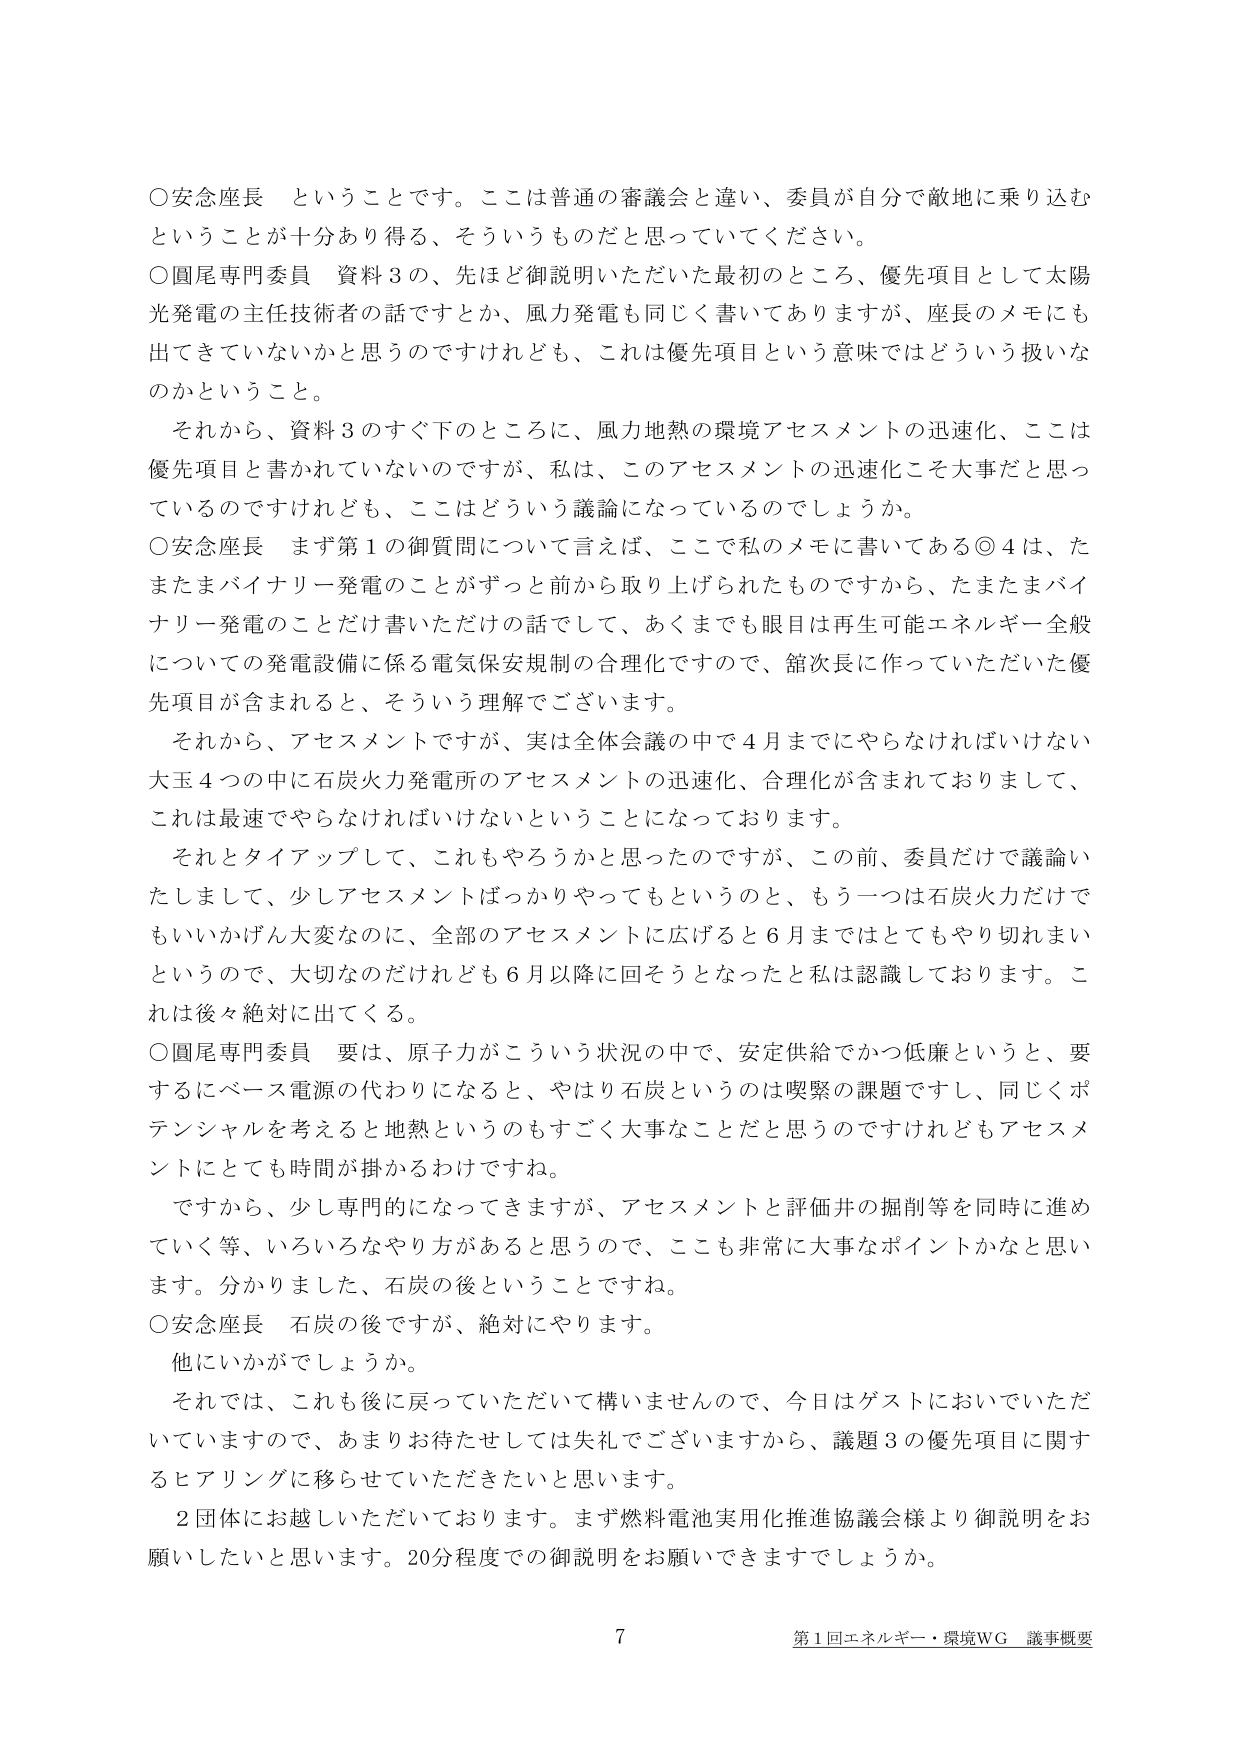
○安念座長 ということです。ここは普通の審議会と違い、委員が自分で敵地に乗り込むということが十分あり得る、そういうものだと思ってください。

○圓尾専門委員 資料３の、先ほど御説明いただいた最初のところ、優先項目として太陽光発電の主任技術者の話ですとか、風力発電も同じく書いてありますが、座長のメモにも出てきていないかと思うのですけれども、これは優先項目という意味ではどういう扱いなのかということ。

それから、資料３のすぐ下のところに、風力地熱の環境アセスメントの迅速化、ここは優先項目と書かれていないのですが、私は、このアセスメントの迅速化こそ大事だと思っているのですけれども、ここはどういう議論になっているのでしょうか。

○安念座長 まず第１の御質問について言えば、ここで私のメモに書いてある◎４は、たまたまバイナリー発電のことがずっと前から取り上げられたものですから、たまたまバイナリー発電のことだけ書いただけの話をして、あくまでも眼目は再生可能エネルギー全般についての発電設備に係る電気保安規制の合理化ですので、舘次長に作っていただいた優先項目が含まれると、そういう理解でございます。

それから、アセスメントですが、実は全体会議の中で４月までにやらなければいけない大玉４つの中に石炭火力発電所のアセスメントの迅速化、合理化が含まれておりまして、これは最速でやらなければいけないということになっております。

それとタイアップして、これもやろうかと思ったのですが、この前、委員だけで議論いたしまして、少しアセスメントばっかりやってもというのと、もう一つは石炭火力だけでもいいかげん大変なのに、全部のアセスメントに広げると６月まではとてもやり切れまいというので、大切なのだけれども６月以降に回そうとなったと私は認識しております。これは後々絶対に出てくる。

○圓尾専門委員 要は、原子力がこういう状況の中で、安定供給でかつ低廉というと、要するにベース電源の代わりになると、やはり石炭というのは喫緊の課題ですし、同じくポテンシャルを考えると地熱というのもすごく大事なことだと思うのですけれどもアセスメントにとても時間が掛かるわけですね。

ですから、少し専門的になってきますが、アセスメントと評価井の掘削等を同時に進めていく等、いろいろなやり方があると思うので、ここも非常に大事なポイントかなと思います。分かりました、石炭の後ということですね。

○安念座長 石炭の後ですが、絶対にやります。

他にいかがでしょうか。

それでは、これも後に戻っていただいて構いませんので、今日はゲストにおいでいただいていますので、あまりお待たせしては失礼でございますから、議題３の優先項目に関するヒアリングに移らせていただきたいと思います。

２団体にお越しいただいております。まず燃料電池実用化推進協議会様より御説明をお願いしたいと思います。20分程度での御説明をお願いできますでしょうか。

7
第１回エネルギー・環境ＷＧ 議事概要